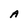
Character: A